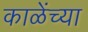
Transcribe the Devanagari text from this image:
काळेंच्या